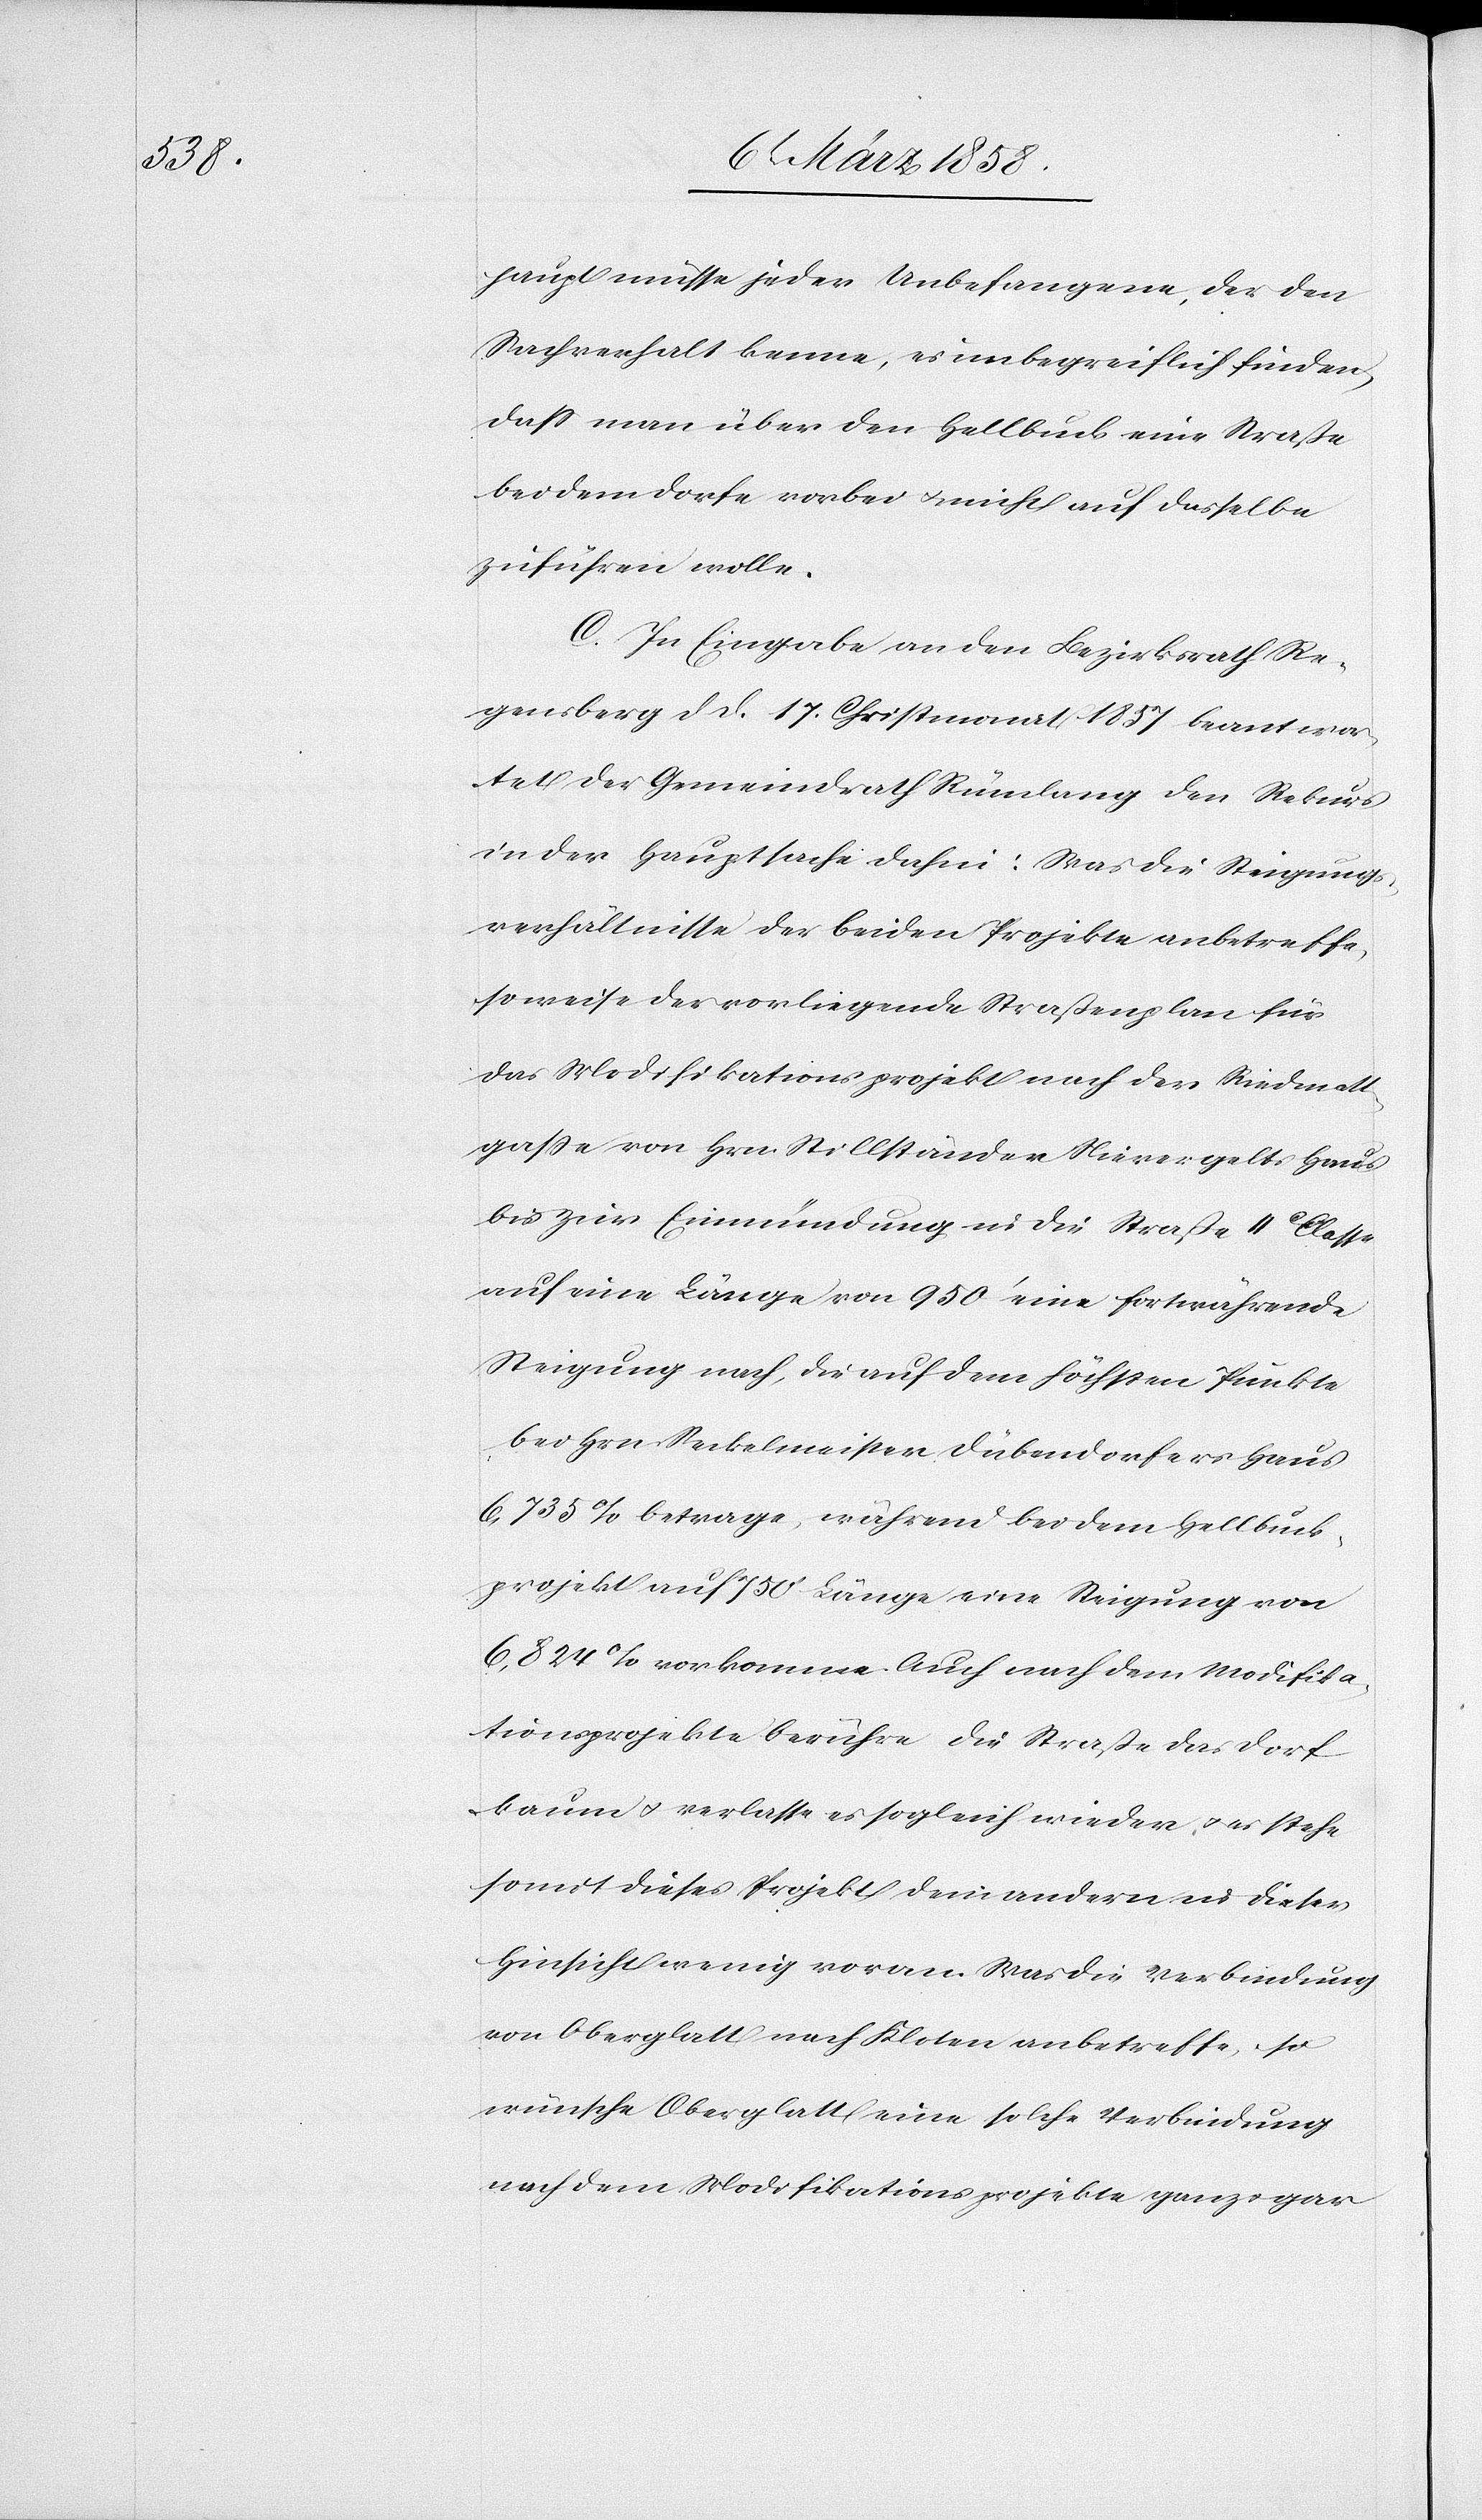
haupt müsse jeder Unbefangene, der den
Sachverhalt kenne, es unbegreiflich finden,
daß man über den Hellbuck eine Straße
bei dem Dorfe vorbei u. nicht auf dasselbe
zuführen wolle.
C. In Eingabe an den Bezirksrath Re¬
gensberg d. d. 17. Christmonat 1857 beantwor¬
tet der Gemeindrath Rümlang den Rekurs
in der Hauptsache dahin: Was die Steigungs¬
verhältnisse der beiden Projekte anbetreffe,
so weise der vorliegende Straßenplan für
das Modifikationsprojekt nach der Riedmatt¬
gaße von Hrn. Stillständer Nievergelts Haus
bis zur Einmündung in die Straße II Classe
auf eine Länge von 950’ eine fortwährende
Steigung nach, die auf dem höchsten Punkte
bei Hrn. Seckelmeister Dübendorfers Haus
6,735% betrage, während bei dem Hellbuck¬
projekt auf 750’ Länge eine Steigung von
6,824% vorkomme. Auch nach dem Modifika¬
tionsprojekte berühre die Straße das Dorf
kaum u. verlasse es sogleich wieder u. es stehe
somit dieses Projekt dem andern in dieser
Hinsicht wenig voran. Was die Verbindung
von Oberglatt nach Kloten anbetreffe, so
wünsche Oberglatt eine solche Verbindung
nach dem Modifikationsprojekte ganz u. gar